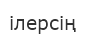
ілерсің